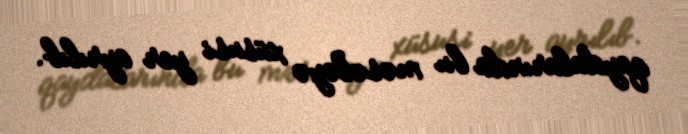
qaydalarında bu məsələyə xüsusi yer ayrılıb.